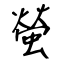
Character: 螢